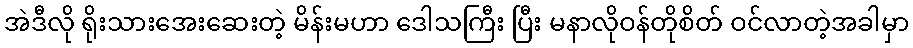
အဲဒီလို ရိုးသားအေးဆေးတဲ့ မိန်းမဟာ ဒေါသကြီး ပြီး မနာလိုဝန်တိုစိတ် ဝင်လာတဲ့အခါမှာ